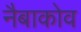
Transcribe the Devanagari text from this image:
नैबाकोव